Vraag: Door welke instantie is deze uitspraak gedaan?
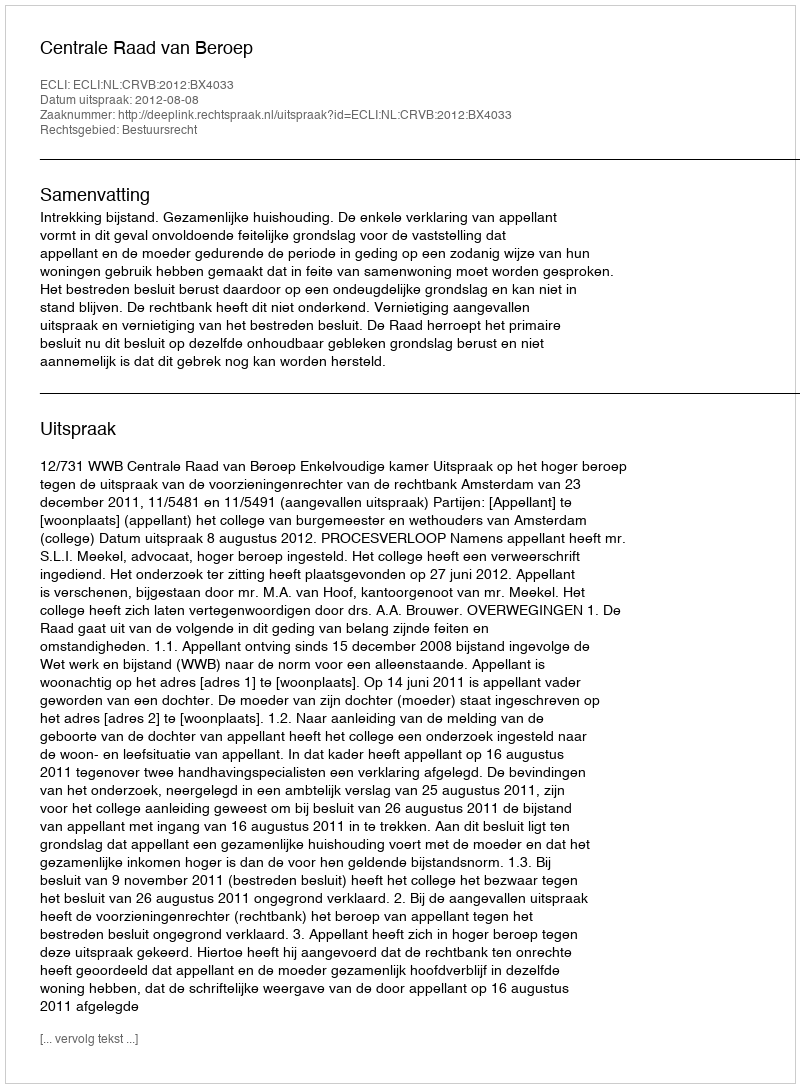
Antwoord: Centrale Raad van Beroep